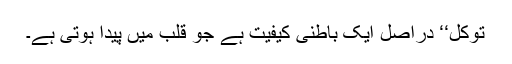
توکُّل‘‘ دراصل ایک باطنی کیفیت ہے جو قلب میں پیدا ہوتی ہے۔